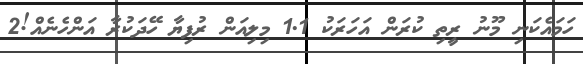
ހަމައެކަނި މޫނު ރީތި ކުރަން އަހަރަކު 1.1 މިލިއަން ރުފިޔާ ހޭދަކުރާ އަންހެނެއް!2